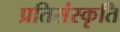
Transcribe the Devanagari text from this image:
प्रतिसंस्कृति